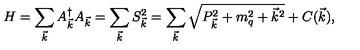
H = \sum _ { \vec { k } } A _ { \vec { k } } ^ { \dagger } A _ { \vec { k } } = \sum _ { \vec { k } } S _ { \vec { k } } ^ { 2 } = \sum _ { \vec { k } } \sqrt { P _ { \vec { k } } ^ { 2 } + m _ { q } ^ { 2 } + { \vec { k } } ^ { 2 } } + C ( \vec { k } ) ,